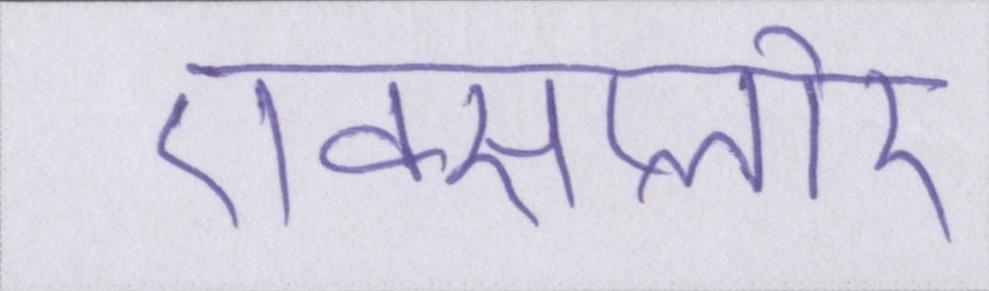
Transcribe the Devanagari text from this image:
एक्सप्लोर